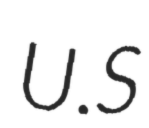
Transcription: U.S